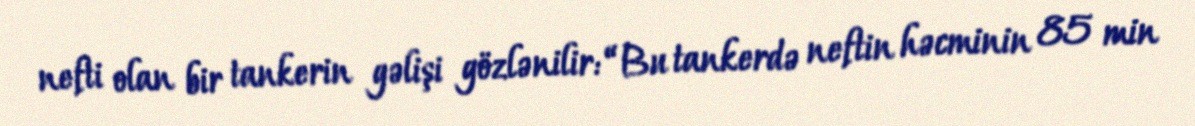
nefti olan bir tankerin gəlişi gözlənilir: “Bu tankerdə neftin həcminin 85 min